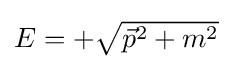
{\textstyle E=+{\sqrt {{\vec {p}}^{2}+m^{2}}}}